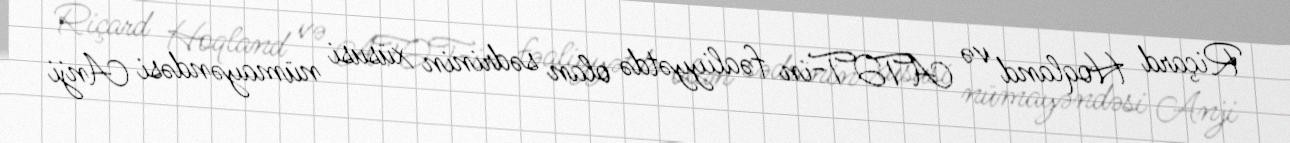
Riçard Hoqland və ATƏT-in fəaliyyətdə olan sədrinin xüsusi nümayəndəsi Anji